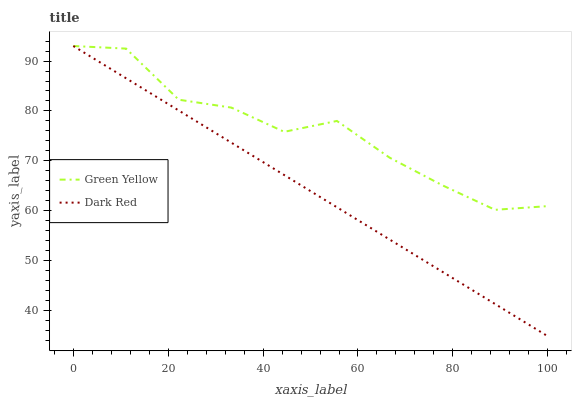
| xaxis_label | Green Yellow | Dark Red |
 | --- | --- | --- |
 | 0 | 93 | 93 |
 | 11.1 | 92.5 | 86.5 |
 | 22.2 | 82.3 | 80.1 |
 | 33.3 | 80.7 | 73.6 |
 | 44.4 | 75.8 | 67.2 |
 | 55.6 | 78 | 60.7 |
 | 66.7 | 70.7 | 54.3 |
 | 77.8 | 65.1 | 47.8 |
 | 88.9 | 60.2 | 41.4 |
 | 100 | 61 | 34.9 |